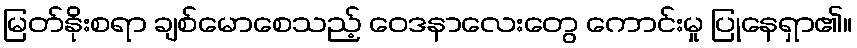
မြတ်နိုးစရာ ချစ်မောစေသည့် ဝေဒနာလေးတွေ ကောင်းမှု ပြုနေရှာ၏။